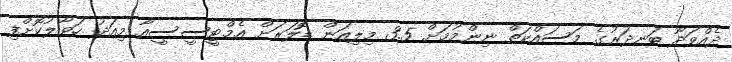
ދެއްވަދޫ ބަނދަރުގެ މަސައްކަތް ނިންމުމަށް 3.5 މިލިއަން ޑޮލަރަށް އެމްޓީސީސީއާ މިއަދު ހަވާލުކޮށްފި